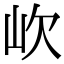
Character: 㰞